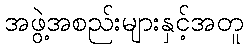
အဖွဲ့အစည်းများနှင့်အတူ